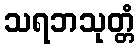
သရဘသုတ္တံ